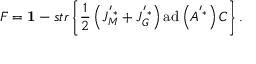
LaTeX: F = { { \bf 1 } } - s t r \left\{ \frac { 1 } { 2 } \left( J _ { M } ^ { ' * } + J _ { G } ^ { ' * } \right) \mathrm { a d } \left( A ^ { ' * } \right) C \right\} .